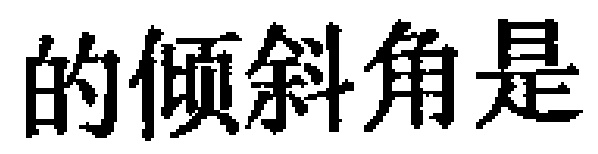
的倾斜角是